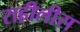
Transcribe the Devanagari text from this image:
राहीलीस